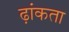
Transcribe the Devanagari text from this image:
ढ़ांकता